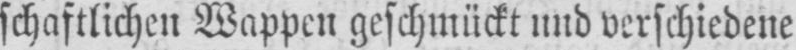
schaftlichen Wappen geschmückt und verschiedene